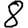
Digit: 8